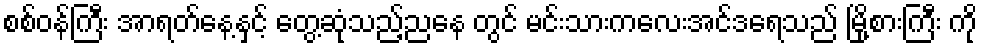
စစ်ဝန်ကြီး အာရတ်နေ့နှင့် တွေ့ဆုံသည့်ညနေ တွင် မင်းသားကလေးအင်ဒရေသည် မြို့စားကြီး ကို